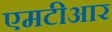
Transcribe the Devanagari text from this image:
एमटीआर